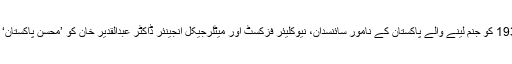
27 اپریل 1936 کو جنم لینے والے پاکستان کے نامور سائنسدان، نیوکلیئر فزکسٹ اور میٹلرجیکل انجینئر ڈاکٹر عبدالقدیر خان کو ’محسنِ پاکستان‘ کہا جاتا ہے ۔